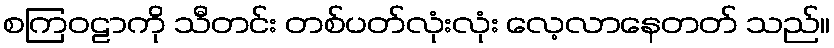
စကြဝဠာကို သီတင်း တစ်ပတ်လုံးလုံး လေ့လာနေတတ် သည်။